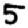
Digit: 5